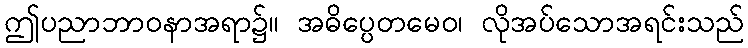
ဤပညာဘာဝနာအရာ၌။ အဓိပ္ပေတမေဝ၊ လိုအပ်သောအရင်းသည်